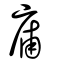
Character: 庯